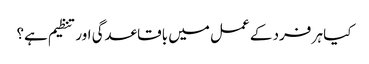
کیا ہر فرد کے عمل میں باقاعدگی اور تنظیم ہے؟